Loona_vallavalitsus_Kihelkonna_kihelkonnas, lk 22
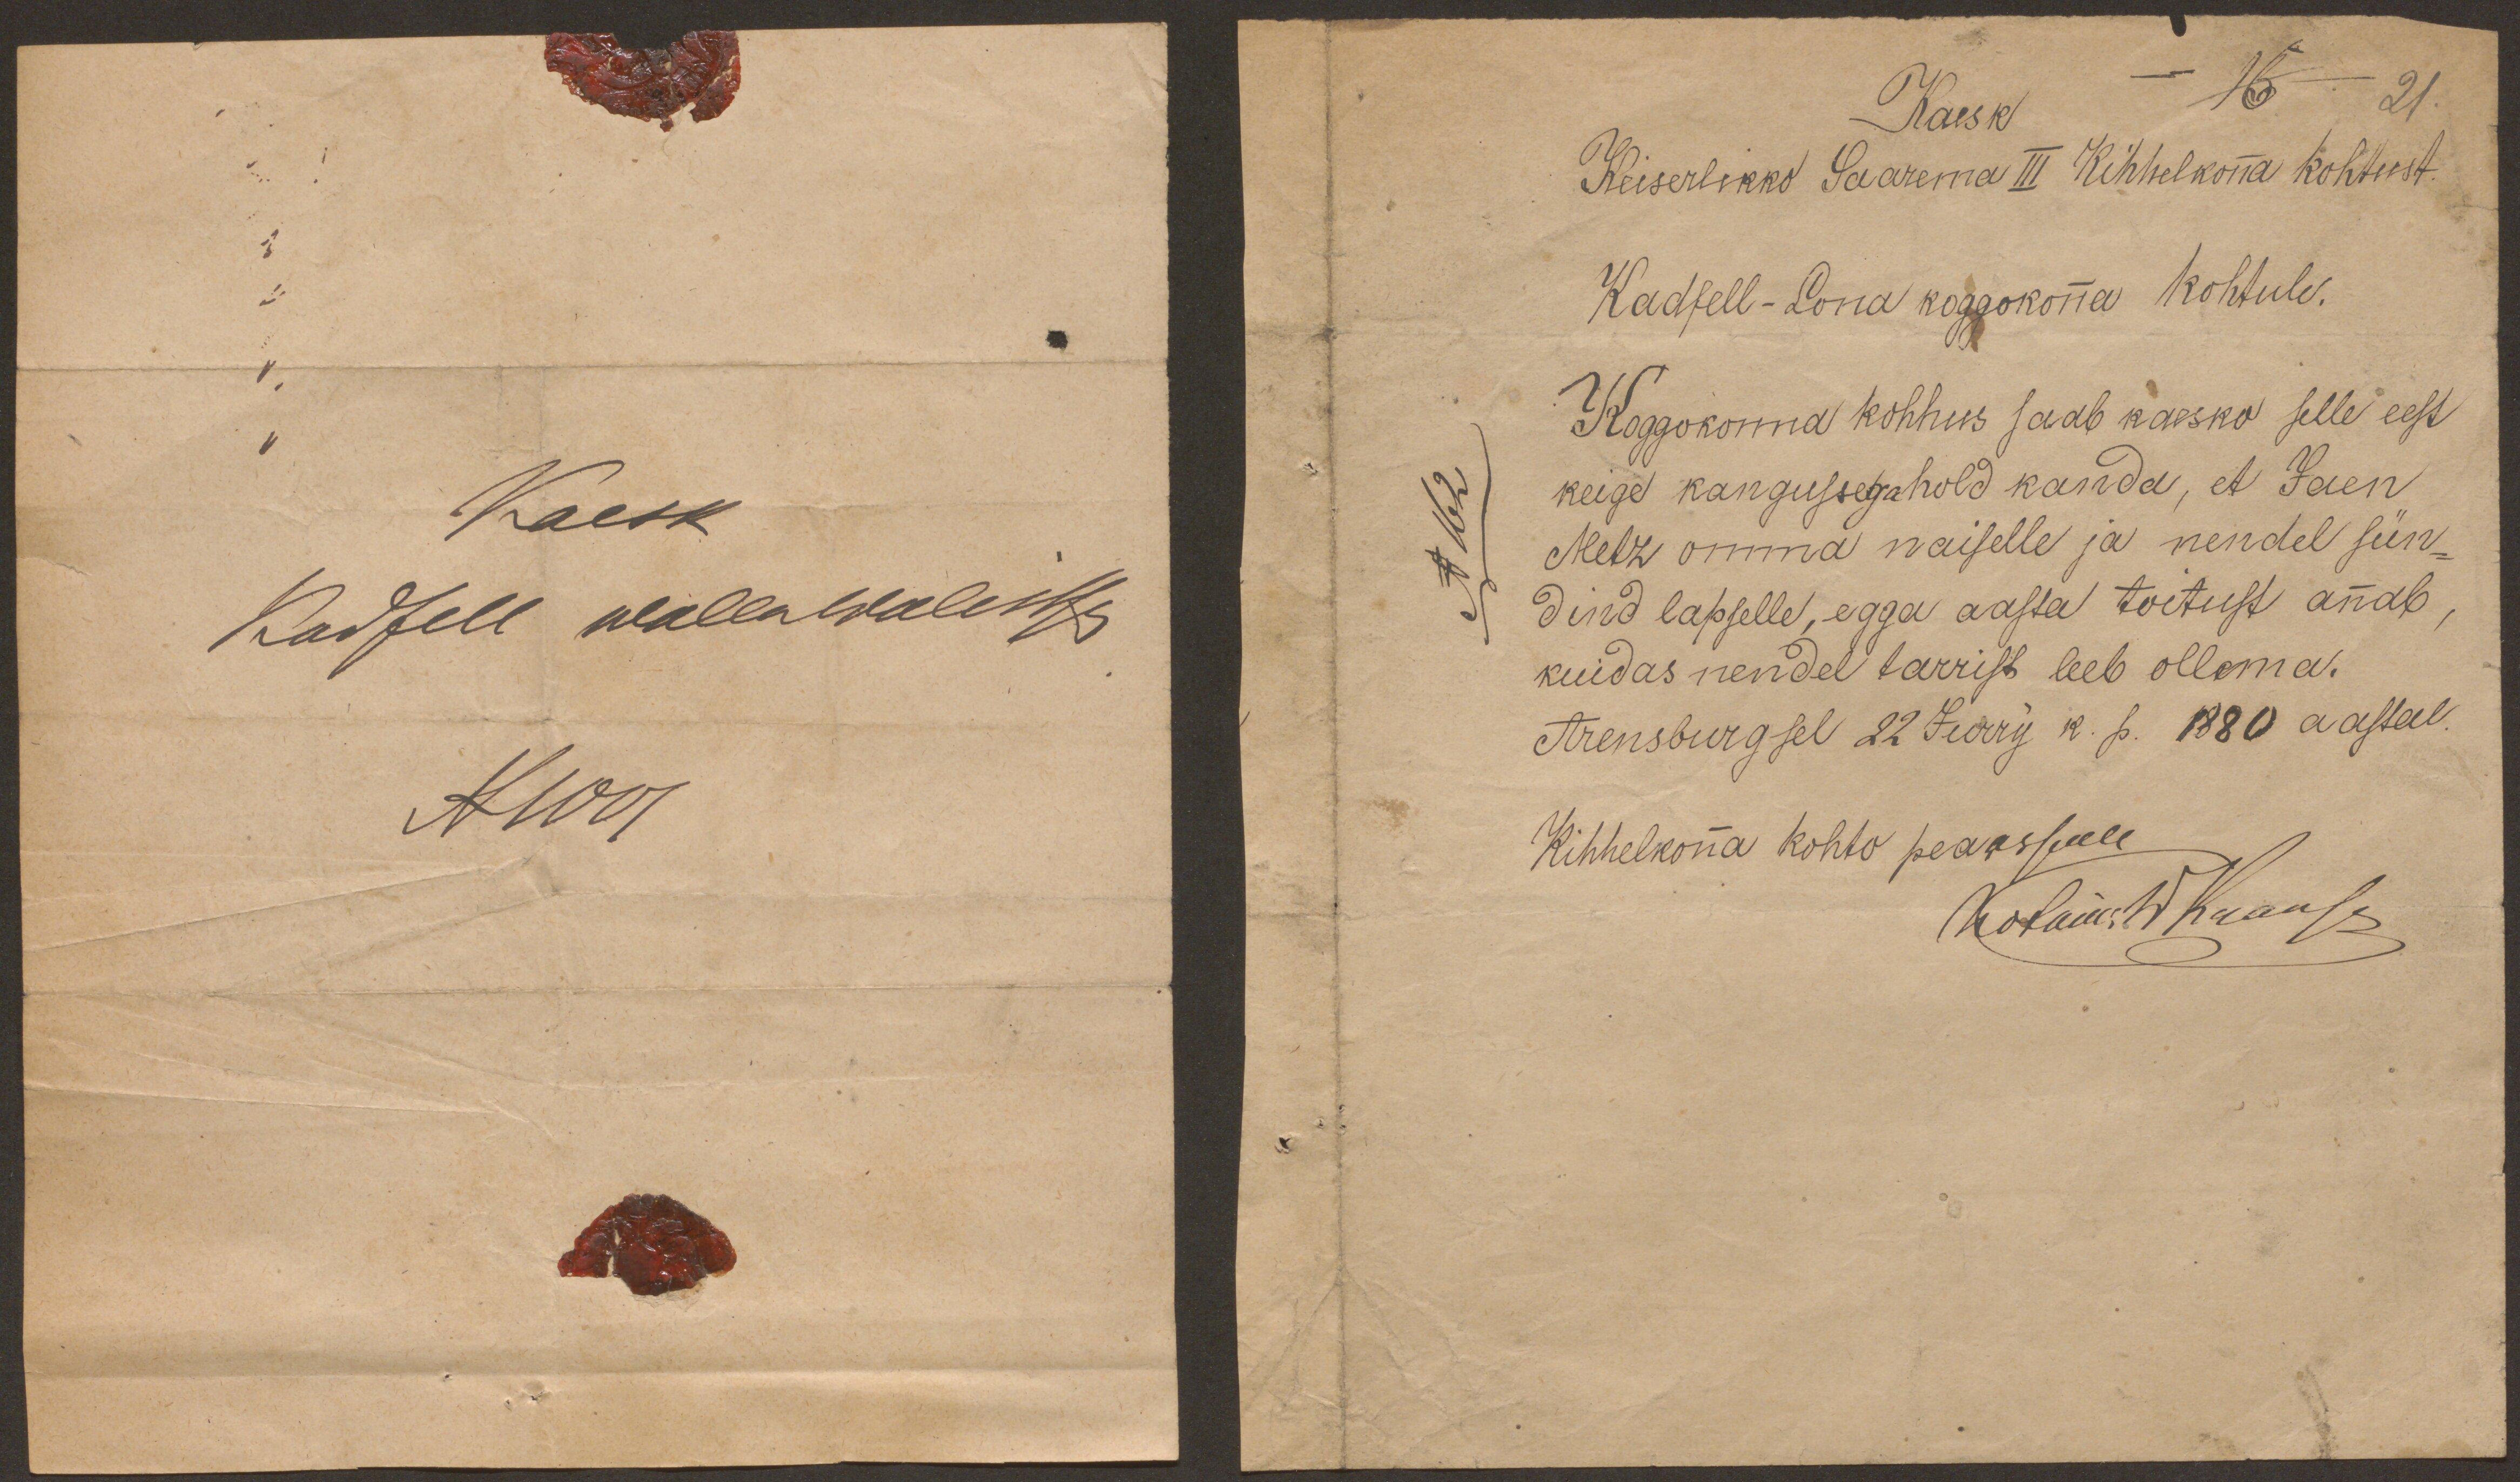
Kaesk
Kadfell wallawalitsus
XIII

Kaesk
- 16. 21.
Keiserlikko Saarema III Kihhelkonna kohtust.
Kadfell-Lona koggokonna kohtule.
Koggokonna kohhus saab kaesko selle eest
No 162
keige kangussega hold kanda, et Jaen
Metz omma naiselle ja nendel sün
dind lapselle, egga aasta toitust annab
kuidas nendel tarrist leeb ollema.
Arensburg sel 22 Jurry k. p. 1880 aastal.
Kihhelkona kohto peaassale
Kotam W Krause